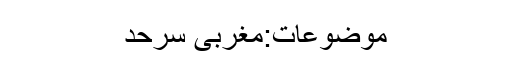
موضوعات:مغربی سرحد